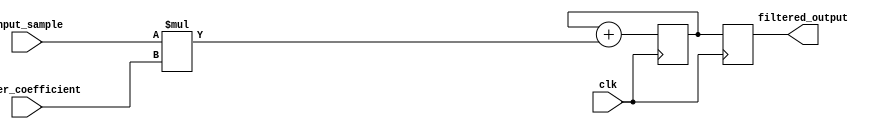
module iir_filter_accumulator(
    input wire clk,
    input wire [7:0] input_sample,
    input wire [7:0] filter_coefficient,
    output reg [15:0] filtered_output
);

reg [15:0] accumulator;

always @(posedge clk) begin
    accumulator <= accumulator + (input_sample * filter_coefficient);
    filtered_output <= accumulator;
end

endmodule